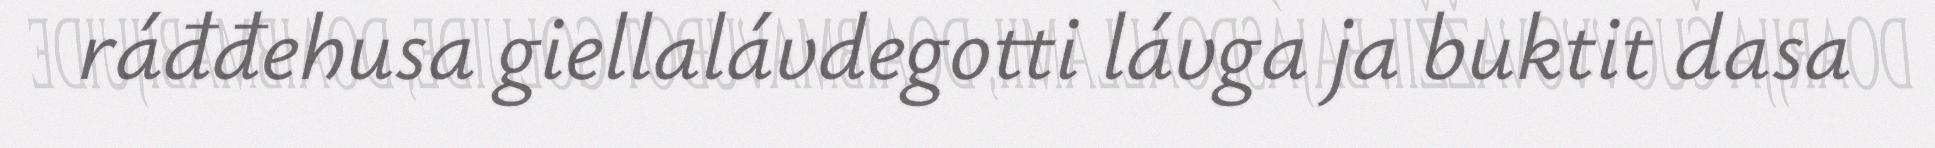
ráđđehusa giellalávdegotti lávga ja buktit dasa